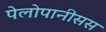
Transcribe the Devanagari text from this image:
पेलोपानीसस